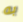
به